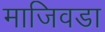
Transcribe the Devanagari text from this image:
माजिवडा